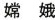
嫦娥